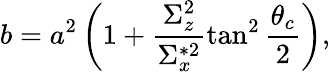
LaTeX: b=a^{2}\left(1+\frac{\Sigma_{z}^{2}}{\Sigma_{x}^{*2}}\tan^{2}\frac{\theta_{c}}{2}\right),